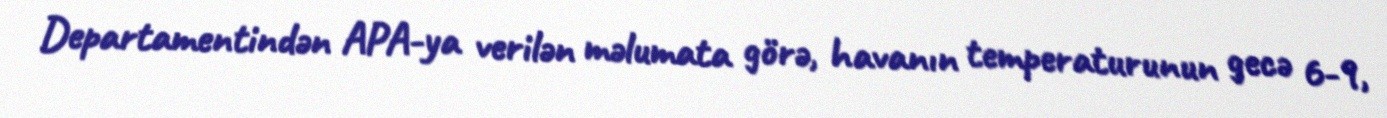
Departamentindən APA-ya verilən məlumata görə, havanın temperaturunun gecə 6-9,